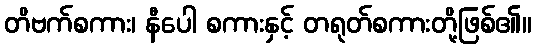
တိဗက်စကား၊ နီပေါ စကားနှင့် တရုတ်စကားတို့ဖြစ်၏။